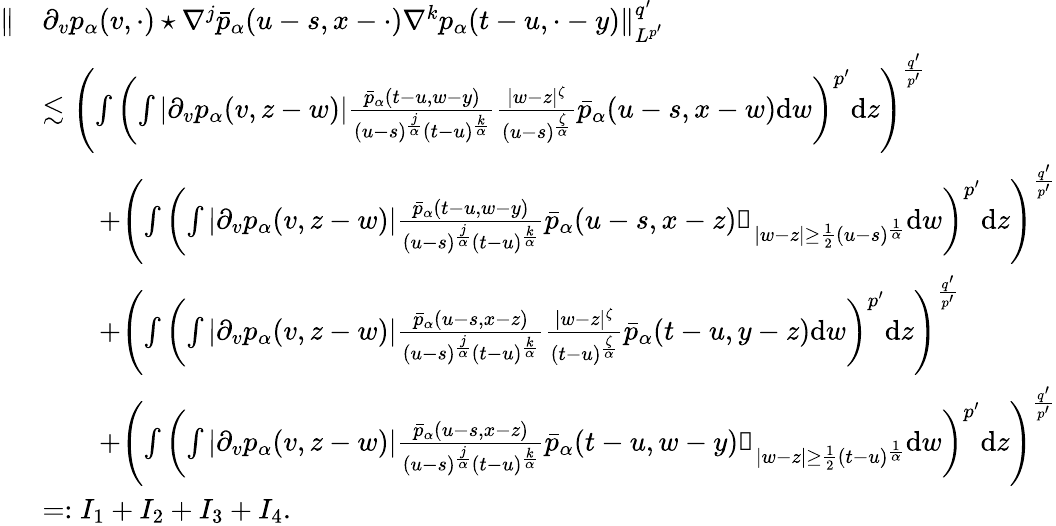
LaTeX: \begin{array}{rl}{\Vert}&{\partial_{v}p_{\alpha}(v,\cdot)\star\nabla^{j}\bar{p}_{\alpha}(u-s,x-\cdot)\nabla^{k}p_{\alpha}(t-u,\cdot-y)\Vert_{L^{p^{\prime}}}^{q^{\prime}}}\\ &{\lesssim\left(\int\left(\int|\partial_{v}p_{\alpha}(v,z-w)|\frac{\bar{p}_{\alpha}(t-u,w-y)}{(u-s)^{\frac{j}{\alpha}}(t-u)^{\frac{k}{\alpha}}}\frac{|w-z|^{\zeta}}{(u-s)^{\frac{\zeta}{\alpha}}}\bar{p}_{\alpha}(u-s,x-w)\mathrm{d}w\right)^{p^{\prime}}\mathrm{d}z\right)^{\frac{q^{\prime}}{p^{\prime}}}}\\ &{\qquad+\left(\int\left(\int|\partial_{v}p_{\alpha}(v,z-w)|\frac{\bar{p}_{\alpha}(t-u,w-y)}{(u-s)^{\frac{j}{\alpha}}(t-u)^{\frac{k}{\alpha}}}\bar{p}_{\alpha}(u-s,x-z)\mathbb{1}_{|w-z|\geq\frac{1}{2}(u-s)^{\frac{1}{\alpha}}}\mathrm{d}w\right)^{p^{\prime}}\mathrm{d}z\right)^{\frac{q^{\prime}}{p^{\prime}}}}\\ &{\qquad+\left(\int\left(\int|\partial_{v}p_{\alpha}(v,z-w)|\frac{\bar{p}_{\alpha}(u-s,x-z)}{(u-s)^{\frac{j}{\alpha}}(t-u)^{\frac{k}{\alpha}}}\frac{|w-z|^{\zeta}}{(t-u)^{\frac{\zeta}{\alpha}}}\bar{p}_{\alpha}(t-u,y-z)\mathrm{d}w\right)^{p^{\prime}}\mathrm{d}z\right)^{\frac{q^{\prime}}{p^{\prime}}}}\\ &{\qquad+\left(\int\left(\int|\partial_{v}p_{\alpha}(v,z-w)|\frac{\bar{p}_{\alpha}(u-s,x-z)}{(u-s)^{\frac{j}{\alpha}}(t-u)^{\frac{k}{\alpha}}}\bar{p}_{\alpha}(t-u,w-y)\mathbb{1}_{|w-z|\geq\frac{1}{2}(t-u)^{\frac{1}{\alpha}}}\mathrm{d}w\right)^{p^{\prime}}\mathrm{d}z\right)^{\frac{q^{\prime}}{p^{\prime}}}}\\ &{=:I_{1}+I_{2}+I_{3}+I_{4}.}\end{array}